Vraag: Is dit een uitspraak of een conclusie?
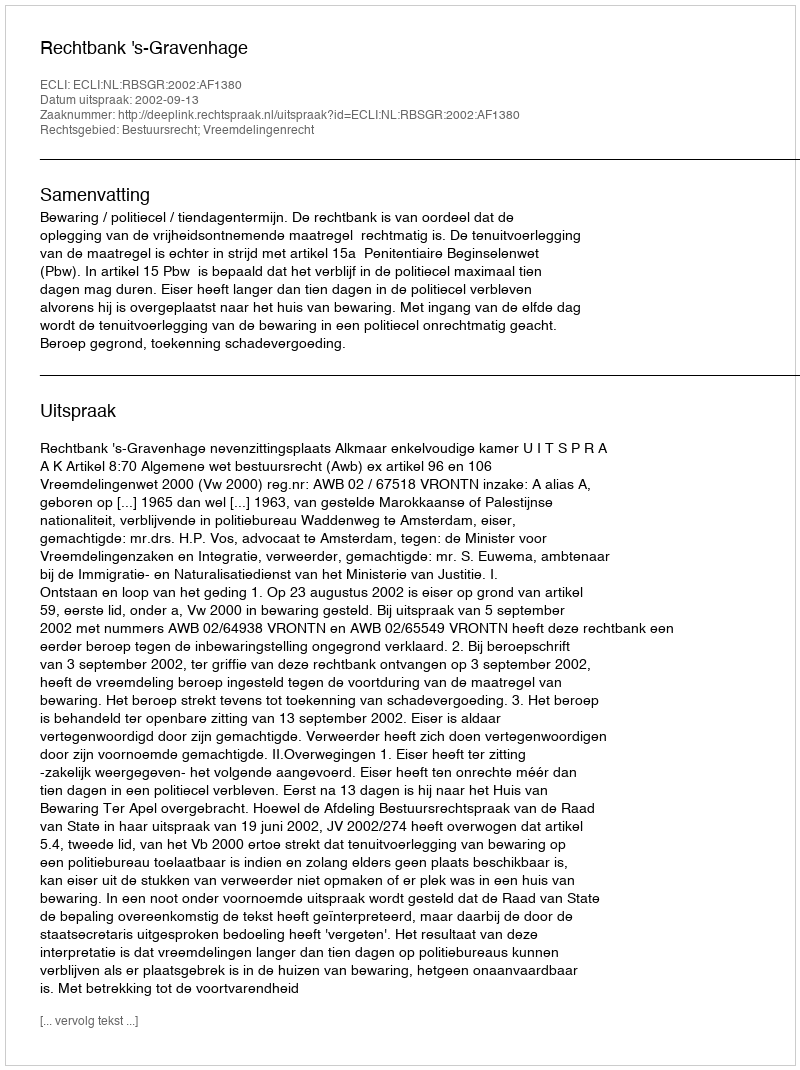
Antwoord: Uitspraak